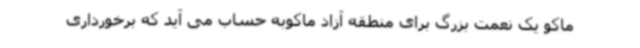
ماکو یک نعمت بزرگ برای منطقه آزاد ماکوبه حساب می آید که برخورداری